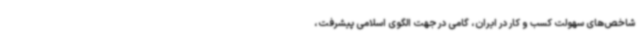
شاخص‌های سهولت کسب و کار در ایران، گامی در جهت الگوی اسلامی پیشرفت،